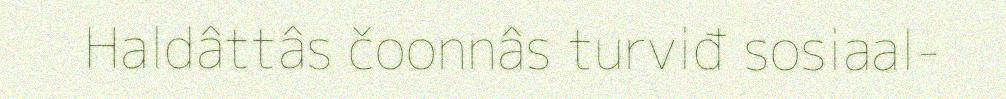
Haldâttâs čoonnâs turviđ sosiaal-